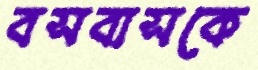
বসবাসকে